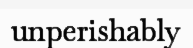
unperishably